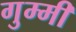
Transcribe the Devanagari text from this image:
गुम्मी